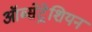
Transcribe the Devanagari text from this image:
ऑब्सेट्रेशियन